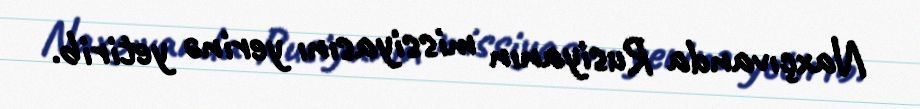
Naxçıvanda Rusiyanın missiyasını yerinə yetirib.